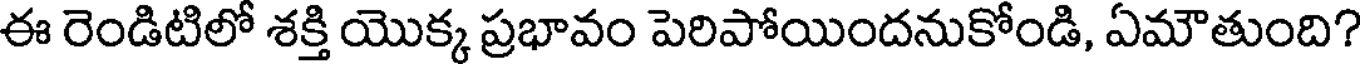
ఈ రెండిటిలో శక్తి యొక్క ప్రభావం పెరిపోయిందనుకోండి, ఏమౌతుంది?